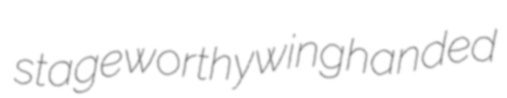
stageworthy winghanded